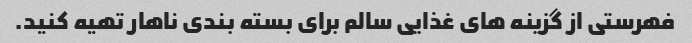
فهرستی از گزینه های غذایی سالم برای بسته بندی ناهار تهیه کنید.